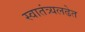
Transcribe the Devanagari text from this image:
स्वातंत्र्यलढेत